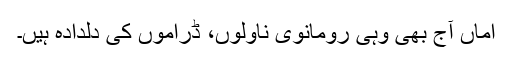
اماں آج بھی وہی رومانوی ناولوں، ڈراموں کی دلدادہ ہیں۔